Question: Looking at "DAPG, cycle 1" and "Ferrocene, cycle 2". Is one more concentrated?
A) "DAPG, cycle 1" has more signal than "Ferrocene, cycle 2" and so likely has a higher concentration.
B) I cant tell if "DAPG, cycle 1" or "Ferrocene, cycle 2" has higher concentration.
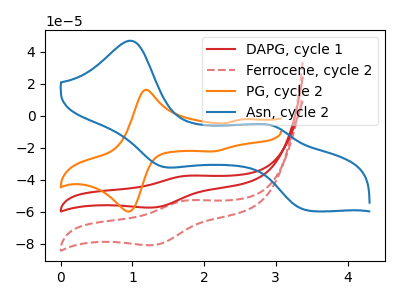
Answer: <think>The red curve "DAPG, cycle 1" has an anodic peak at (1.80V, -37.45uA) and a cathodic peak at (1.30V, -57.30uA). The red dashed curve "Ferrocene, cycle 2" has an anodic peak at (1.80V, -52.75uA) and a cathodic peak at (1.30V, -80.75uA). The orange curve "PG, cycle 2" has anodic peaks at (1.20V, 16.10uA) (2.55V, -2.25uA) and cathodic peaks at (0.90V, -59.35uA) (2.10V, -22.35uA). The blue curve "Asn, cycle 2" has anodic peaks at (1.00V, 46.80uA) (3.00V, -6.65uA) and cathodic peaks at (1.40V, -31.70uA) (3.45V, -59.20uA).
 All the peaks in "DAPG, cycle 1" have a peak in "Ferrocene, cycle 2" at the same potential.</think>
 <answer>B) I cant tell if "DAPG, cycle 1" or "Ferrocene, cycle 2" has higher concentration.</answer>
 <eval>B</eval>